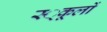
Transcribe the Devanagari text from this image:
स्‍्कूलों